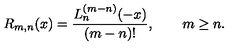
R _ { m , n } ( x ) = \frac { L _ { n } ^ { ( m - n ) } ( - x ) } { ( m - n ) ! } , \qquad m \ge n .